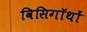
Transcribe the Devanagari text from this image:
विसिगॉथों